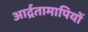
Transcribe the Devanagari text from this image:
आर्द्रतामापियों